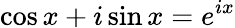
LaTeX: \cos x+i\sin x=e^{ix}